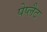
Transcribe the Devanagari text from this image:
पेप्लैट